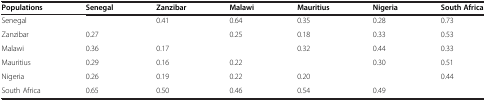
| Populations | Senegal | Zanzibar | Malawi | Mauritius | Nigeria | South Africa |
 | --- | --- | --- | --- | --- | --- | --- |
 | Senegal |  | 0.41 | 0.64 | 0.35 | 0.28 | 0.73 |
 | Zanzibar | 0.27 |  | 0.25 | 0.18 | 0.33 | 0.53 |
 | Malawi | 0.36 | 0.17 |  | 0.32 | 0.44 | 0.33 |
 | Mauritius | 0.29 | 0.16 | 0.22 |  | 0.30 | 0.51 |
 | Nigeria | 0.26 | 0.19 | 0.22 | 0.20 |  | 0.44 |
 | South Africa | 0.65 | 0.50 | 0.46 | 0.54 | 0.49 |  |